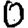
Digit: 0